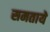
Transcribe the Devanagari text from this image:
समतायें